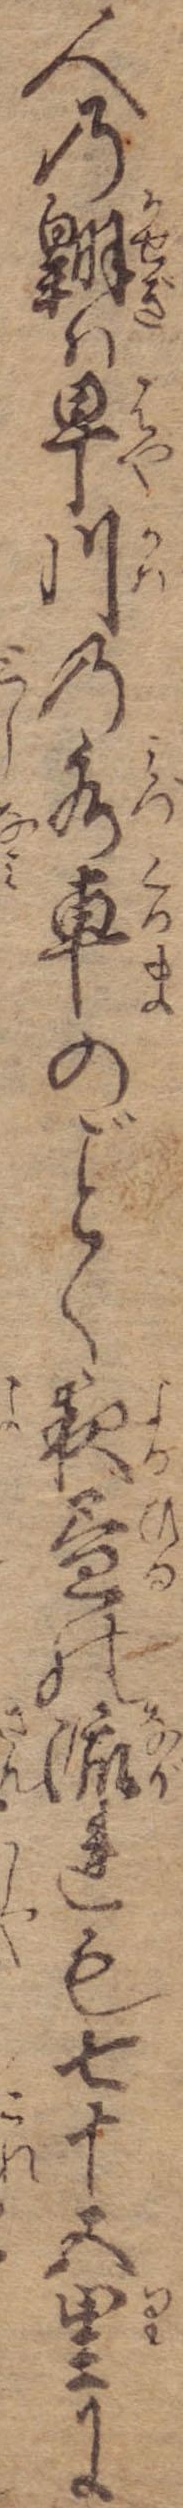
人の翺は早川の水車のく夜昼の流れも七十五里に